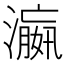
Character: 𬉑